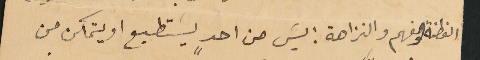
الفطنة والفهم والنزاهة: ليسَ من احدٍ يسَتطيع او يتمكن من